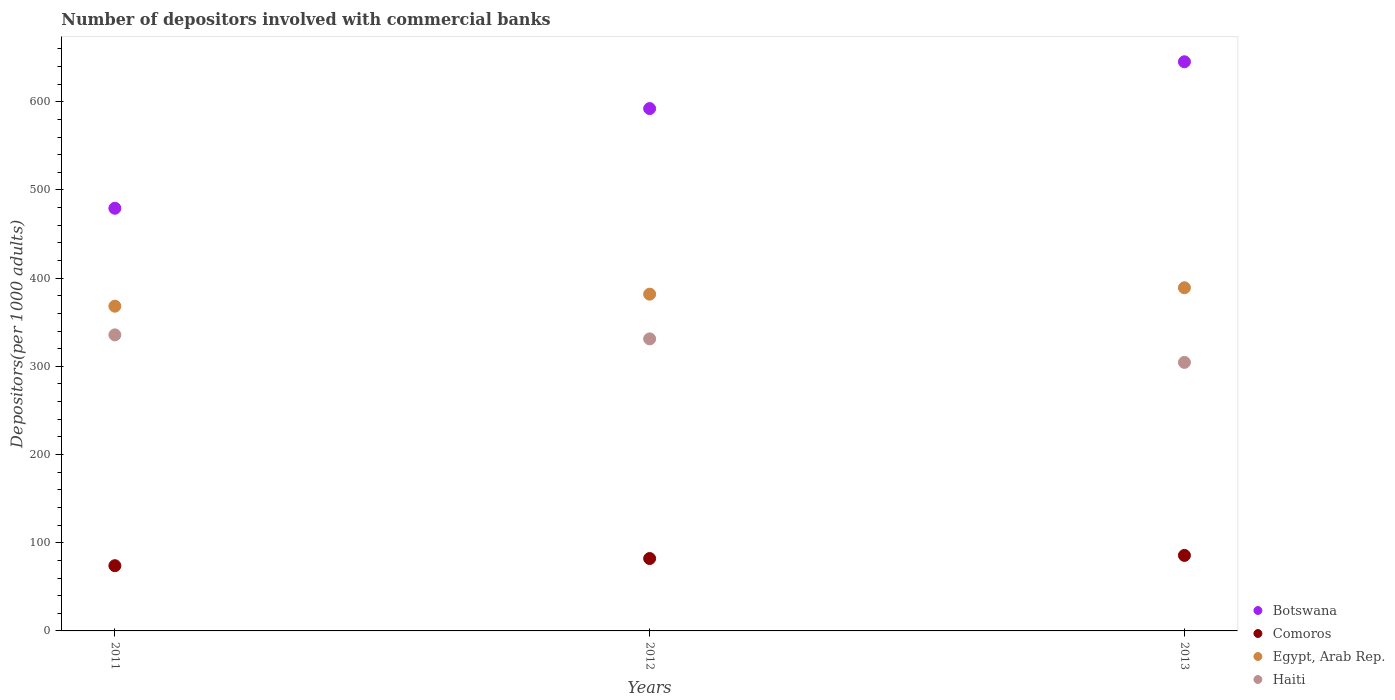
| Years | Botswana | Comoros | Egypt, Arab Rep. | Haiti |
 | --- | --- | --- | --- | --- |
 | 2011 | 479 | 74 | 368 | 336 |
 | 2012 | 592 | 82.1 | 382 | 331 |
 | 2013 | 645 | 85.6 | 389 | 304 |